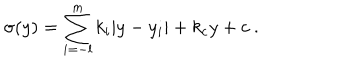
\sigma ( y ) = \sum _ { i = - l } ^ { m } k _ { i } | y - y _ { i } | + k _ { c } y + c ~ . ~ \,